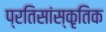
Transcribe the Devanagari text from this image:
प्रतिसांस्कृतिक